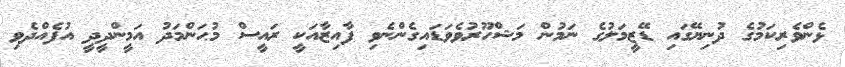
ޅެންވެރިކަމުގެ ދުނިޔޭގައި ޑޭޒީމަލުގެ ނަމުން މަޝްހޫރުވެވަޑައިގެންނެވި ފާއިޒާއަކީ ރައީސް މުޙަންމަދު އަމީންދީދީ އުފެއްދެވި